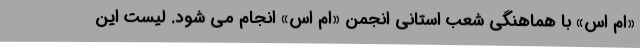
«ام اس» با هماهنگی شعب استانی انجمن «ام اس» انجام می شود. لیست این